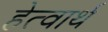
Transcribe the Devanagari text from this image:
हेत्वार्थ